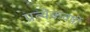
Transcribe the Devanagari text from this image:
प्रत्येकवर्षी